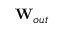
\mathbf { W } _ { o u t }